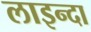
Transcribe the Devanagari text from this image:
लाइन्दा